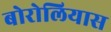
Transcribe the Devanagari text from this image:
बोरोलियास